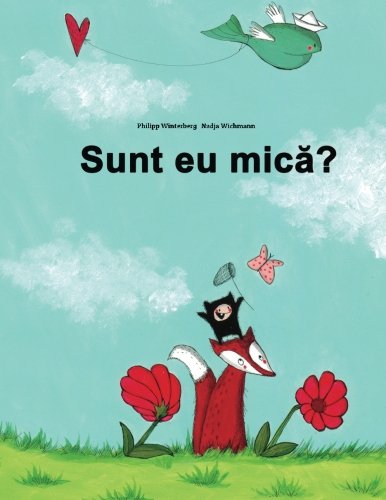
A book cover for Sunt eu mica?: O poveste cu imagini de Philipp Winterberg si Nadja Wichmann (Romanian Edition); Philipp Winterberg; Children's Books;